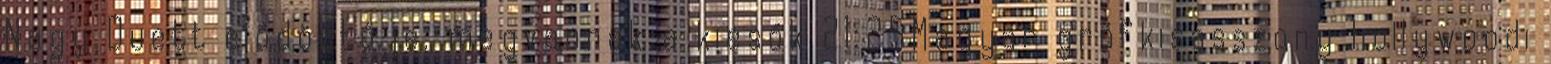
Nagy Duett elődöntője, megvannak a kiesők 21:25Magyar grófkisasszony hollywoodi